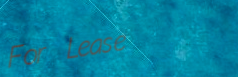
For Lease